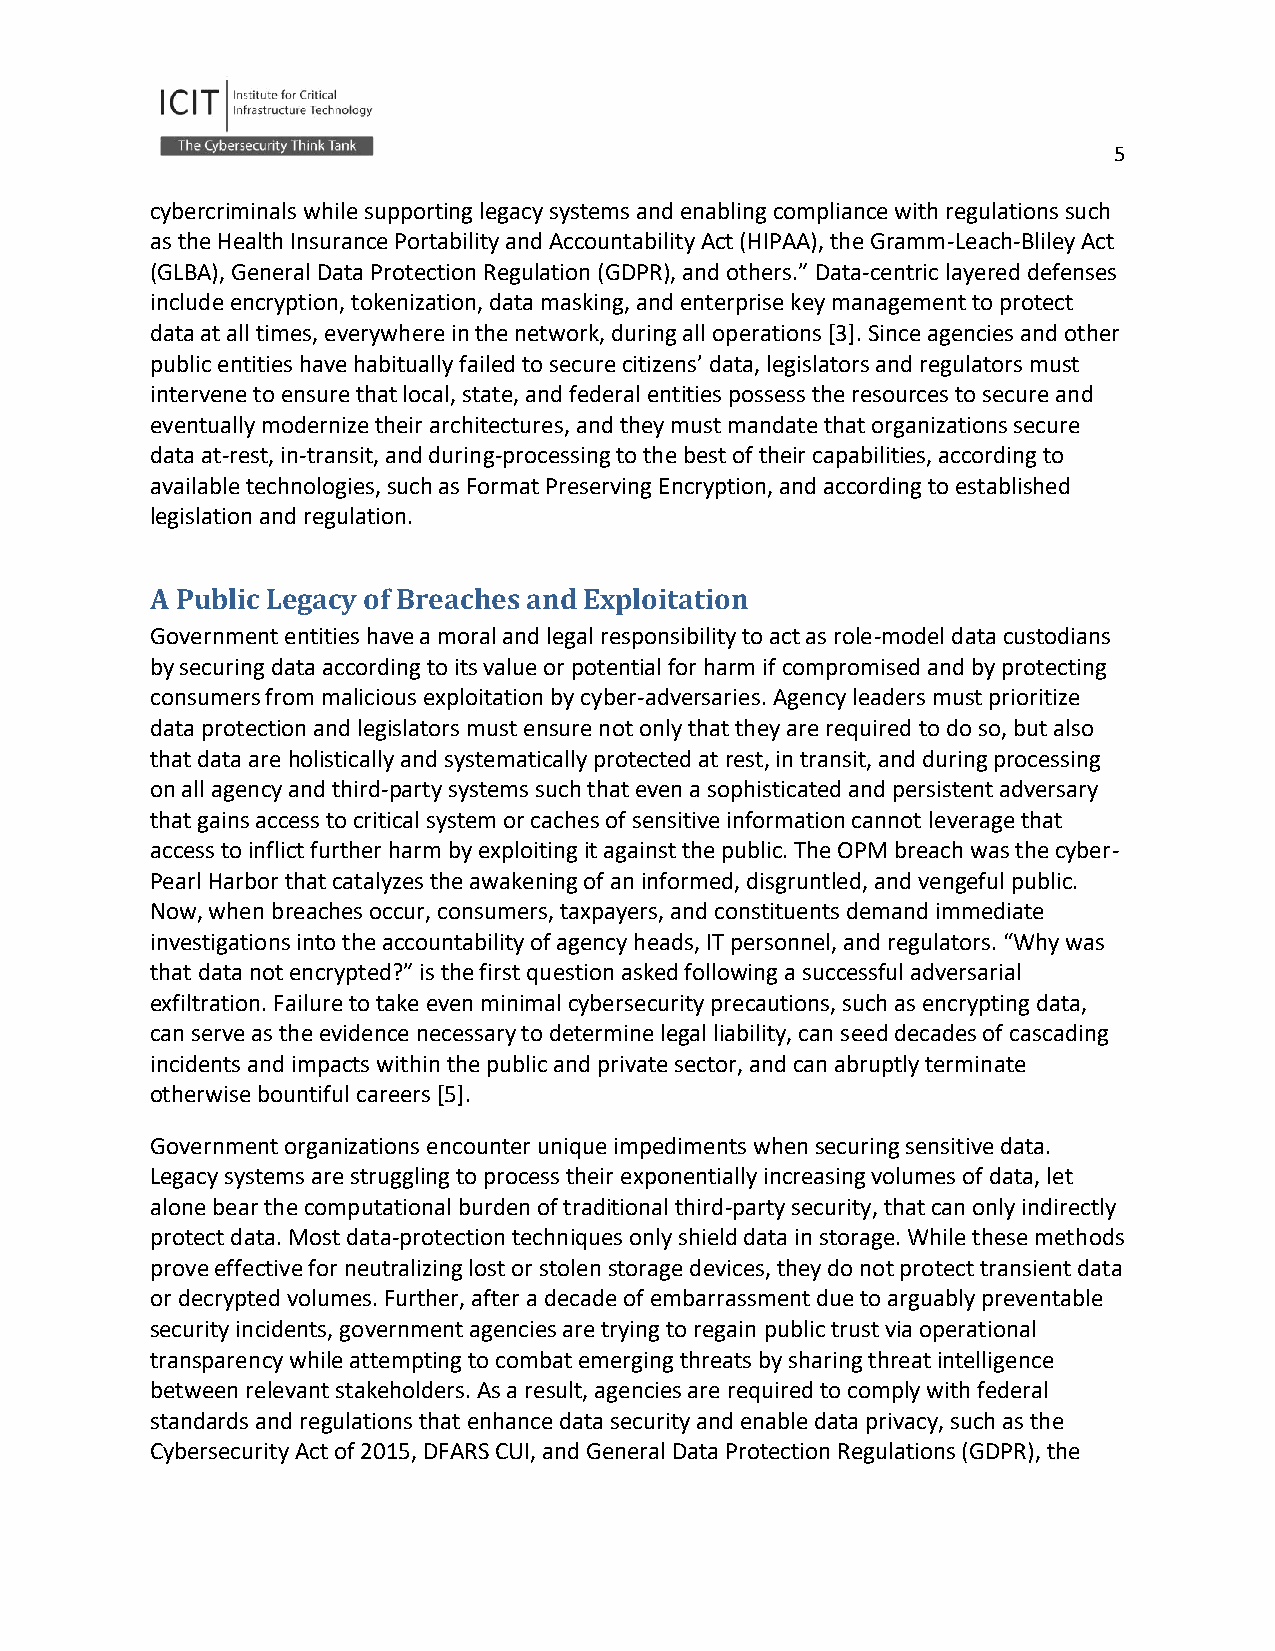
5
 cybercriminals while supporting legacy systems and enabling compliance with regulations such
 as the Health Insurance Portability and Accountability Act (HIPAA), the Gramm-Leach-Bliley Act
 (GLBA), General Data Protection Regulation (GDPR), and others.” Data-centric layered defenses
 include encryption, tokenization, data masking, and enterprise key management to protect
 data at all times, everywhere in the network, during all operations [3]. Since agencies and other
 public entities have habitually failed to secure citizens’ data, legislators and regulators must
 intervene to ensure that local, state, and federal entities possess the resources to secure and
 eventually modernize their architectures, and they must mandate that organizations secure
 data at-rest, in-transit, and during-processing to the best of their capabilities, according to
 available technologies, such as Format Preserving Encryption, and according to established
 legislation and regulation.
 A Public Legacy of Breaches and Exploitation
 Government entities have a moral and legal responsibility to act as role-model data custodians
 by securing data according to its value or potential for harm if compromised and by protecting
 consumers from malicious exploitation by cyber-adversaries. Agency leaders must prioritize
 data protection and legislators must ensure not only that they are required to do so, but also
 that data are holistically and systematically protected at rest, in transit, and during processing
 on all agency and third-party systems such that even a sophisticated and persistent adversary
 that gains access to critical system or caches of sensitive information cannot leverage that
 access to inflict further harm by exploiting it against the public. The OPM breach was the cyber-
 Pearl Harbor that catalyzes the awakening of an informed, disgruntled, and vengeful public.
 Now, when breaches occur, consumers, taxpayers, and constituents demand immediate
 investigations into the accountability of agency heads, IT personnel, and regulators. “Why was
 that data not encrypted?” is the first question asked following a successful adversarial
 exfiltration. Failure to take even minimal cybersecurity precautions, such as encrypting data,
 can serve as the evidence necessary to determine legal liability, can seed decades of cascading
 incidents and impacts within the public and private sector, and can abruptly terminate
 otherwise bountiful careers [5].
 Government organizations encounter unique impediments when securing sensitive data.
 Legacy systems are struggling to process their exponentially increasing volumes of data, let
 alone bear the computational burden of traditional third-party security, that can only indirectly
 protect data. Most data-protection techniques only shield data in storage. While these methods
 prove effective for neutralizing lost or stolen storage devices, they do not protect transient data
 or decrypted volumes. Further, after a decade of embarrassment due to arguably preventable
 security incidents, government agencies are trying to regain public trust via operational
 transparency while attempting to combat emerging threats by sharing threat intelligence
 between relevant stakeholders. As a result, agencies are required to comply with federal
 standards and regulations that enhance data security and enable data privacy, such as the
 Cybersecurity Act of 2015, DFARS CUI, and General Data Protection Regulations (GDPR), the